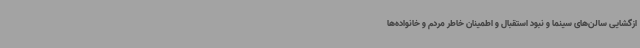
ازگشایی سالن‌های سینما و نبود استقبال و اطمینان خاطر مردم و خانواده‌ها